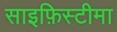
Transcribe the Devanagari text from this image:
साइफ़िस्टीमा